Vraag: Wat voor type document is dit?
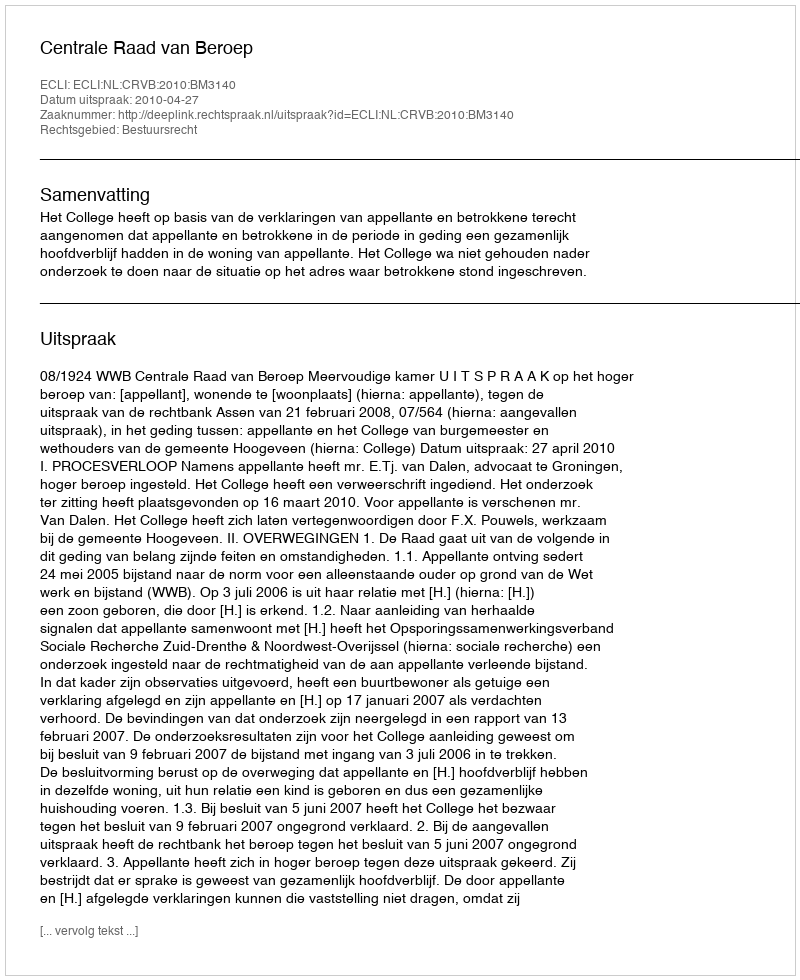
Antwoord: Uitspraak